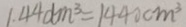
1 . 4 4 d m ^ { 3 } = 1 4 4 0 c m ^ { 3 }